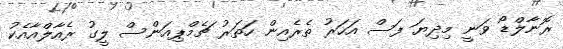
ރޮނާލްޑޯ ވަނީ މިދިޔަ ފަސް އަހަރު ތެރެއިން ހަތަރު ޗެމްޕިއަންސް ލީގު ރެއާލްއާއެކު